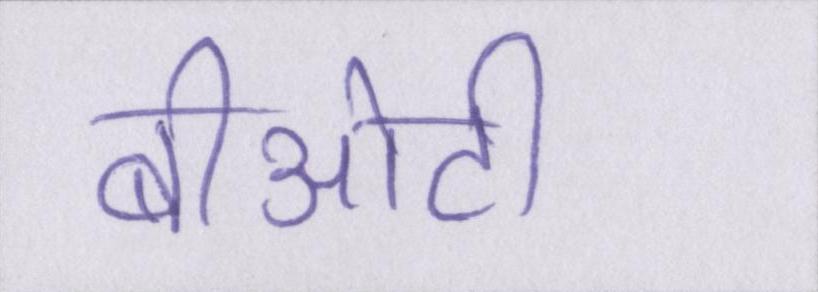
बीओटी